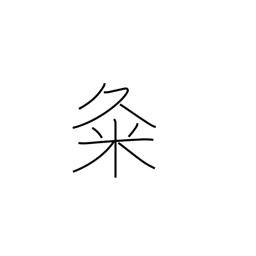
Meaning: used in proper names